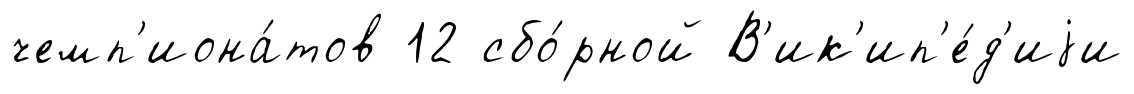
чемп'иона́тов 12 сбо́рной В'ик'ип'е́д'иjи